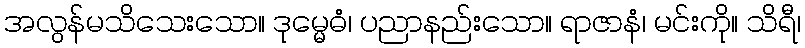
အလွန်မသိသေးသော။ ဒုမ္မေဓံ၊ ပညာနည်းသော။ ရာဇာနံ၊ မင်းကို။ သိရီ၊